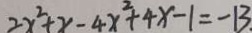
2 x ^ { 2 } + x - 4 x ^ { 2 } + 4 x - 1 = - 1 3 \cdot